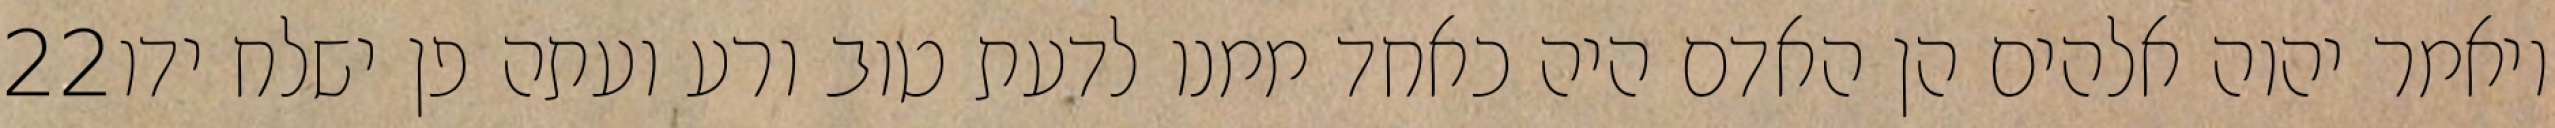
‎22‏ ויאמר יהוה אלהים הן האדם היה כאחד ממנו לדעת טוב ורע ועתה פן ישלח ידו